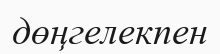
дөңгелекпен